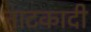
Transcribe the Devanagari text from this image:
नाटकादी